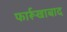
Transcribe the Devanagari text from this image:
फार्रूखाबाद